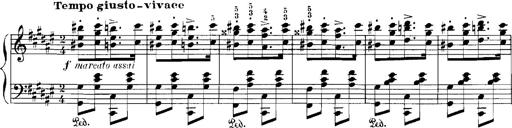
Title: Rhapsodies hongroises
Composer: Franz Liszt